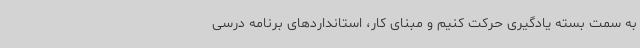
به سمت بسته یادگیری حرکت کنیم و مبنای کار، استانداردهای برنامه درسی